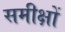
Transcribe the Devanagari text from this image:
समीक्षों